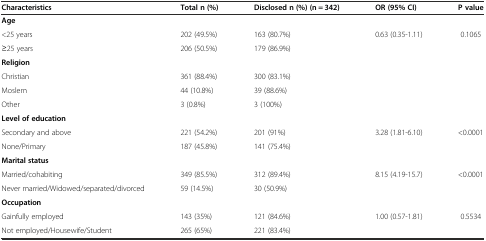
<table><thead><tr><td><b>Characteristics</b></td><td><b>Total n (%)</b></td><td><b>Disclosed n (%) (n = 342)</b></td><td><b>OR (95% CI)</b></td><td><b>P value</b></td></tr></thead><tbody><tr><td colspan="5"><b>Age</b></td></tr><tr><td>&lt;25 years</td><td>202 (49.5%)</td><td>163 (80.7%)</td><td rowspan="2">0.63 (0.35-1.11)</td><td rowspan="2">0.1065</td></tr><tr><td>≥25 years</td><td>206 (50.5%)</td><td>179 (86.9%)</td></tr><tr><td colspan="5"><b>Religion</b></td></tr><tr><td>Christian</td><td>361 (88.4%)</td><td>300 (83.1%)</td><td></td><td></td></tr><tr><td>Moslem</td><td>44 (10.8%)</td><td>39 (88.6%)</td><td></td><td></td></tr><tr><td>Other</td><td>3 (0.8%)</td><td>3 (100%)</td><td></td><td></td></tr><tr><td colspan="5"><b>Level of education</b></td></tr><tr><td>Secondary and above</td><td>221 (54.2%)</td><td>201 (91%)</td><td rowspan="2">3.28 (1.81-6.10)</td><td rowspan="2">&lt;0.0001</td></tr><tr><td>None/Primary</td><td>187 (45.8%)</td><td>141 (75.4%)</td></tr><tr><td colspan="5"><b>Marital status</b></td></tr><tr><td>Married/cohabiting</td><td>349 (85.5%)</td><td>312 (89.4%)</td><td rowspan="2">8.15 (4.19-15.7)</td><td rowspan="2">&lt;0.0001</td></tr><tr><td>Never married/Widowed/separated/divorced</td><td>59 (14.5%)</td><td>30 (50.9%)</td></tr><tr><td colspan="5"><b>Occupation</b></td></tr><tr><td>Gainfully employed</td><td>143 (35%)</td><td>121 (84.6%)</td><td rowspan="2">1.00 (0.57-1.81)</td><td rowspan="2">0.5534</td></tr><tr><td>Not employed/Housewife/Student</td><td>265 (65%)</td><td>221 (83.4%)</td></tr></tbody></table>